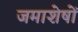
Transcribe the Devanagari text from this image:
जमाशेषों